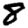
Digit: 8